Indian journal of veterinary science and animal husbandry - Volumes 22-23, 1952-1953
Year: 1952
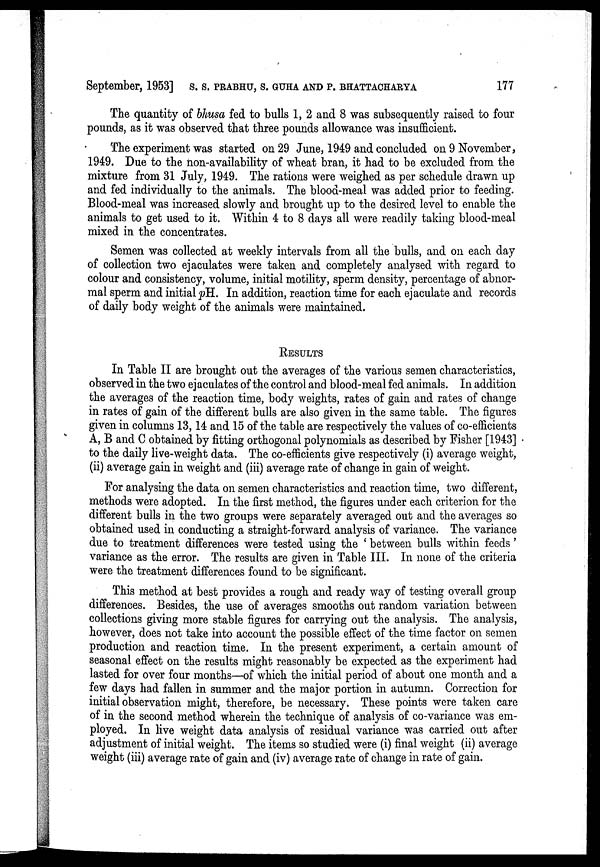
September, 1953] S.S PRABHU, S. GUHA AND P. BHATTACHARAY 177
The quantity of bhusa fed to bulls 1, 2 and 8 was subsequently raised to four
pounds, as it was observed that three pounds allowance was insufficient.
The experiment was started on 29 June, 1949 and concluded on 9 November,
1949. Due to the non-availability of wheat bran, it had to be excluded from the
mixture from 31 July, 1949. The rations were weighed as per schedule drawn up
and fed individually to the animals. The blood-meal was added prior to feeding.
Blood-meal was increased slowly and brought up to the desired level to enable the
animals to get used to it. Within 4 to 8 days all were readily taking blood-meal
mixed in the concentrates.
Semen was collected at weekly intervals from all the bulls, and on each day
of collection two ejaculates were taken and completely analysed with regard to
colour and consistency, volume, initial motility, sperm density, percentage of abnor-
mal sperm and initial pH. In addition, reaction time for each ejaculate and records
of daily body weight of the animals were maintained.
RESULTS
In Table II are brought out the averages of the various semen characteristics,
observed in the two ejaculates of the control and blood-meal fed animals. In addition
the averages of the reaction time, body weights, rates of gain and rates of change
in rates of gain of the different bulls are also given in the same table. The figures
given in columns 13, 14 and 15 of the table are respectively the values of co-efficients
A, B and C obtained by fitting orthogonal polynomials as described by Fisher [1943]
to the daily live-weight data. The co-efficients give respectively (i) average weight,
(ii) average gain in weight and (iii) average rate of change in gain of weight.
For analysing the data on semen characteristics and reaction time, two different,
methods were adopted. In the first method, the figures under each criterion for the
different bulls in the two groups were separately averaged out and the averages so
obtained used in conducting a straight-forward analysis of variance. The variance
due to treatment differences were tested using the 'between bulls within feeds'
variance as the error. The results are given in Table III. In none of the criteria
were the treatment differences found to be significant.
This method at best provides a rough and ready way of testing overall group
differences. Besides, the use of averages smooths out random variation between
collections giving more stable figures for carrying out the analysis. The analysis,
however, does not take into account the possible effect of the time factor on semen
production and reaction time. In the present experiment, a certain amount of
seasonal effect on the results might reasonably be expected as the experiment had
lasted for over four months—of which the initial period of about one month and a
few days had fallen in summer and the major portion in autumn. Correction for
initial observation might, therefore, be necessary. These points were taken care
of in the second method wherein the technique of analysis of co-variance was em-
ployed. In live weight data analysis of residual variance was carried out after
adjustment of initial weight. The items so studied were (i) final weight (ii) average
weight (iii) average rate of gain and (iv) average rate of change in rate of gain.